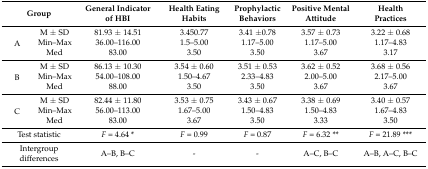
<table><thead><tr><td colspan="2"><b>Group</b></td><td><b>General Indicator of HBI</b></td><td><b>Health Eating Habits</b></td><td><b>Prophylactic Behaviors</b></td><td><b>Positive Mental Attitude</b></td><td><b>Health Practices</b></td></tr></thead><tbody><tr><td rowspan="3">A</td><td>M ± SD</td><td>81.93 ± 14.51</td><td>3.450.77</td><td>3.41 ±0.78</td><td>3.57 ± 0.73</td><td>3.22 ± 0.68</td></tr><tr><td>Min–Max</td><td>36.00–116.00</td><td>1.5–5.00</td><td>1.17–5.00</td><td>1.17–5.00</td><td>1.17–4.83</td></tr><tr><td>Med</td><td>83.00</td><td>3.50</td><td>3.50</td><td>3.67</td><td>3.17</td></tr><tr><td rowspan="3">B</td><td>M ± SD</td><td>86.13 ± 10.30</td><td>3.54 ± 0.60</td><td>3.51 ± 0.53</td><td>3.62 ± 0.52</td><td>3.68 ± 0.56</td></tr><tr><td>Min–Max</td><td>54.00–108.00</td><td>1.50–4.67</td><td>2.33–4.83</td><td>2.00–5.00</td><td>2.17–5.00</td></tr><tr><td>Med</td><td>88.00</td><td>3.50</td><td>3.50</td><td>3.67</td><td>3.67</td></tr><tr><td rowspan="3">C</td><td>M ± SD</td><td>82.44 ± 11.80</td><td>3.53 ± 0.75</td><td>3.43 ± 0.67</td><td>3.38 ± 0.69</td><td>3.40 ± 0.57</td></tr><tr><td>Min–Max</td><td>56.00–113.00</td><td>1.67–5.00</td><td>1.50–4.83</td><td>1.50–4.83</td><td>1.67–4.83</td></tr><tr><td>Med</td><td>83.00</td><td>3.67</td><td>3.50</td><td>3.33</td><td>3.50</td></tr><tr><td colspan="2">Test statistic</td><td><i>F</i> = 4.64 * </td><td><i>F</i> = 0.99</td><td><i>F</i> = 0.87</td><td><i>F</i> = 6.32 ** </td><td><i>F</i> = 21.89 *** </td></tr><tr><td colspan="2">Intergroup differences</td><td>A–B, B–C</td><td>-</td><td>-</td><td>A–C, B–C</td><td>A–B, A–C, B–C</td></tr></tbody></table>